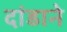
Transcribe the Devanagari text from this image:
दांडाने